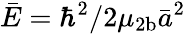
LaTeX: \bar{E}=\hbar^{2}/2\mu_{2\mathrm{b}}\bar{a}^{2}